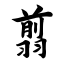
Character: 翦